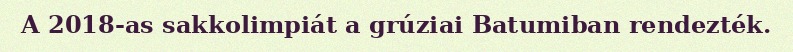
A 2018-as sakkolimpiát a grúziai Batumiban rendezték.